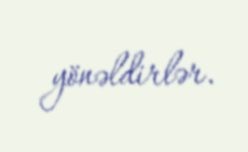
yönəldirlər.